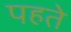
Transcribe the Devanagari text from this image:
पहते